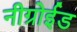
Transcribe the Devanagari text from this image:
नीग्रोईड